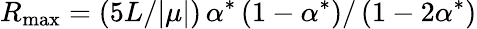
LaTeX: R_{\mathrm{max}}=\left(5L/|\mu|\right)\, \alpha^{*}\left(1-\alpha^{*}\right)/\left(1-2\alpha^{*}\right)